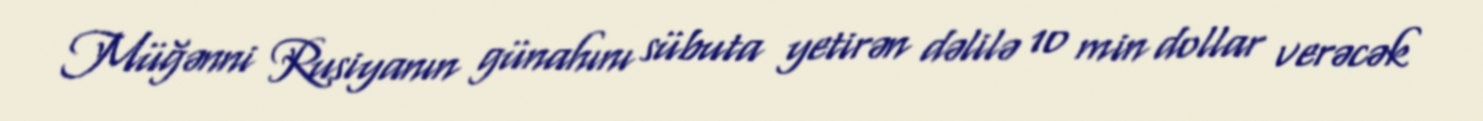
Müğənni Rusiyanın günahını sübuta yetirən dəlilə 10 min dollar verəcək